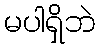
မပါရှိဘဲ